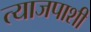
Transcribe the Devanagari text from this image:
त्याजपाशी